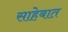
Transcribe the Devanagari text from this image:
साहेबात